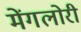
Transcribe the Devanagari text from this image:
मेंगलोरी